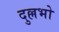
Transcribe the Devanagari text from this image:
दुल्लभो